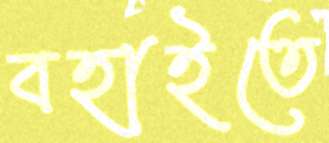
বহাইতে